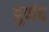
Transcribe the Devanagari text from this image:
पुणंद